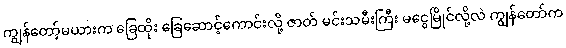
ကျွန်တော့်မယားက ခြေထိုး ခြေဆောင့်ကောင်းလို့ ဇာတ် မင်းသမီးကြီး မငွေမြိုင်လို့လဲ ကျွန်တော်က